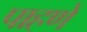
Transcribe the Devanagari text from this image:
पाहणें